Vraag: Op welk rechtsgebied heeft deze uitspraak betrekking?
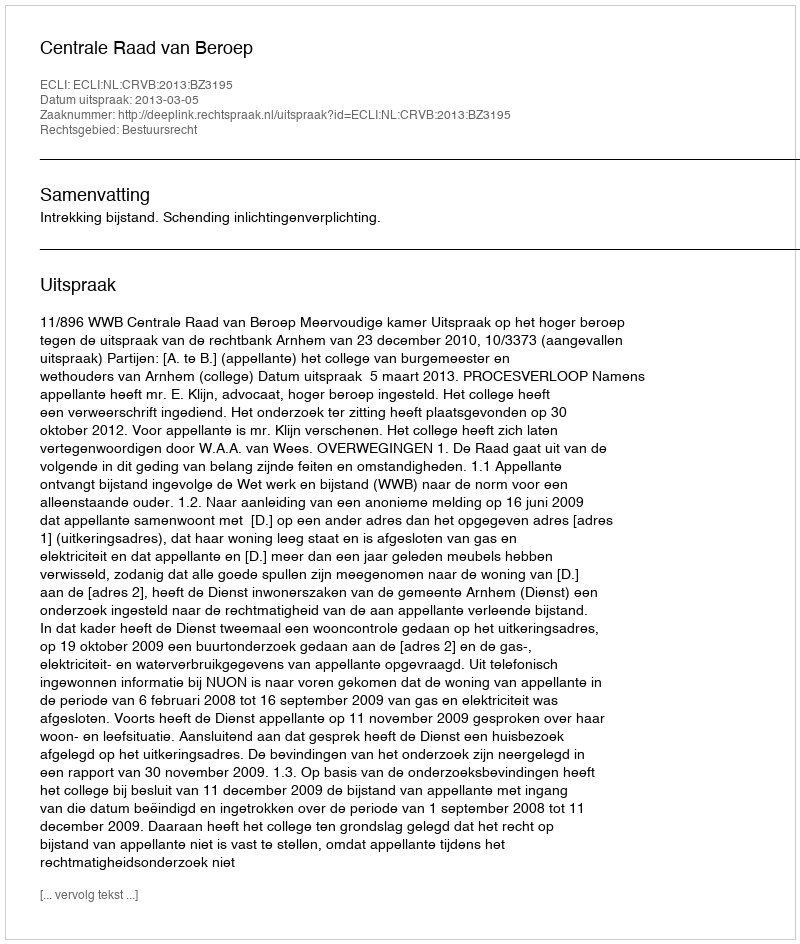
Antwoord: Bestuursrecht